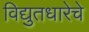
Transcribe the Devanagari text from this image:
विद्युतधारेचे